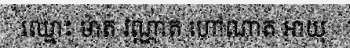
ឈ្មោះ ម៉ាត់ វណ្ណាត ហៅណាត អាយុ